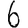
Digit: 6